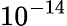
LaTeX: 10^{-14}